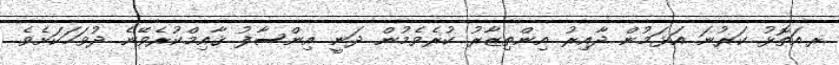
ރ.އަތޮޅު ކަރުނަ އަޅަމުން ދާއިރު އިންތިޒާރު ކުރެވެމުން ދަނީ އިންސާފު ޤާއިމްކުރެވޭނެ ދުވަހަކަށެވެ.